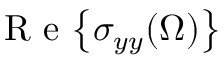
\mathrm { ~ R ~ e ~ } { \left\{ \sigma _ { y y } ( \Omega ) \right\} }